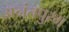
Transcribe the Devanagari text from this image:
अनंतपुरम्